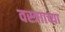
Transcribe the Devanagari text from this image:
वस्त्रााच्या